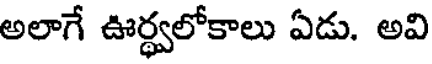
అలాగే ఊర్థ్వలోకాలు ఏడు. అవి